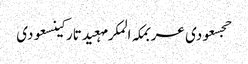
حجسعودی عربمکہ المکرمہعیدتارکینسعودی